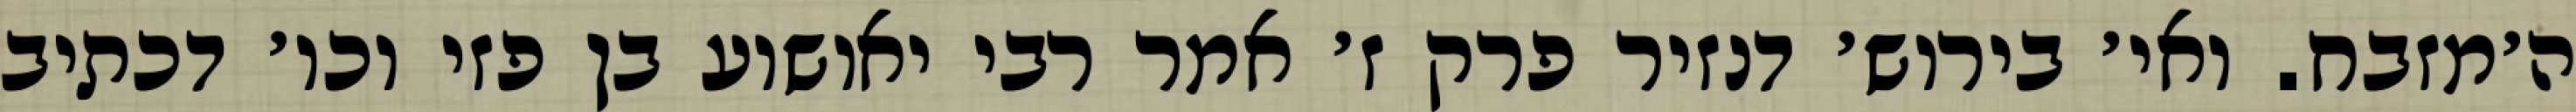
ה׳מזבח. ואי׳ בירוש׳ דנזיר פרק ז׳ אמר רבי יאושוע בן פזי וכו׳ דכתיב